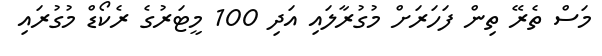
މަސް ތެރޭ ތިން ފަހަރަށް މުގުރާލައި އަދި 100 މީޓަރުގެ ރެކޯޑް މުގުރައި